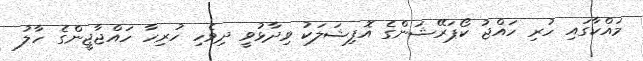
މައްކާގައި ހުރި ހައްޖު ކޯޕަރޭޝަންގެ އޮފިޝަލަކު ވިދާޅުވީ ދިވެހި ހުރިހާ ހައްޖާޖީންގެ ހާލު